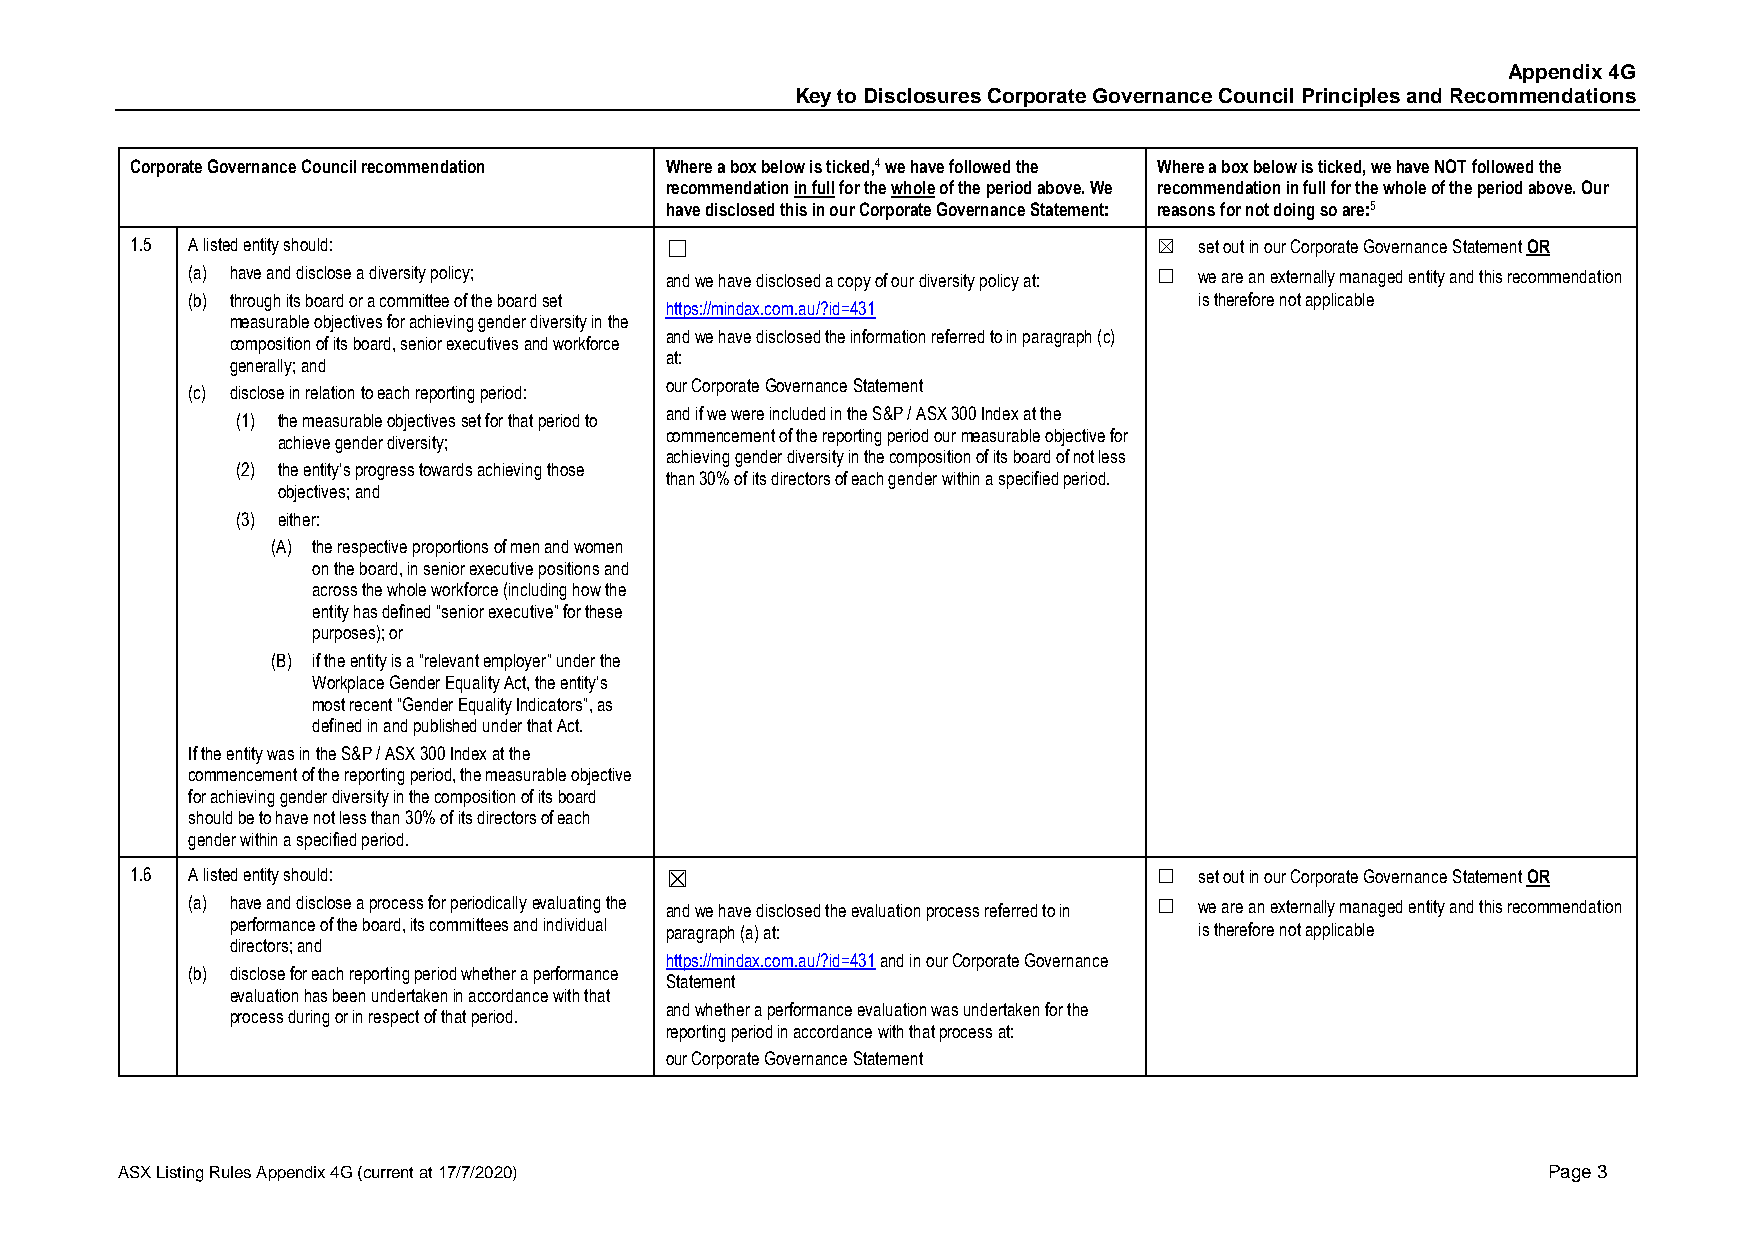
Appendix 4G
 Key to Disclosures Corporate Governance Council Principles and Recommendations
 Corporate Governance Council recommendation Where a box below is ticked,4 we have followed the Where a box below is ticked, we have NOT followed the
 recommendation in full for the whole of the period above. We recommendation in full for the whole of the period above. Our
 have disclosed this in our Corporate Governance Statement: reasons for not doing so are:5
 1.5 A listed entity should:        ☐                                ☒ set out in our Corporate Governance Statement OR
 (a) have and disclose a diversity policy; and we have disclosed a copy of our diversity policy at: ☐ we are an externally managed entity and this recommendation
 (b) through its board or a committee of the board set              is therefore not applicable
 https://mindax.com.au/?id=431
 measurable objectives for achieving gender diversity in the
 and we have disclosed the information referred to in paragraph (c)
 composition of its board, senior executives and workforce
 at:
 generally; and
 our Corporate Governance Statement
 (c) disclose in relation to each reporting period:
 and if we were included in the S&P / ASX 300 Index at the
 (1) the measurable objectives set for that period to
 commencement of the reporting period our measurable objective for
 achieve gender diversity;
 achieving gender diversity in the composition of its board of not less
 (2) the entity’s progress towards achieving those
 than 30% of its directors of each gender within a specified period.
 objectives; and
 (3) either:
 (A) the respective proportions of men and women
 on the board, in senior executive positions and
 across the whole workforce (including how the
 entity has defined “senior executive” for these
 purposes); or
 (B) if the entity is a “relevant employer” under the
 Workplace Gender Equality Act, the entity’s
 most recent “Gender Equality Indicators”, as
 defined in and published under that Act.
 If the entity was in the S&P / ASX 300 Index at the
 commencement of the reporting period, the measurable objective
 for achieving gender diversity in the composition of its board
 should be to have not less than 30% of its directors of each
 gender within a specified period.
 1.6 A listed entity should:        ☒                                ☐ set out in our Corporate Governance Statement OR
 (a) have and disclose a process for periodically evaluating the and we have disclosed the evaluation process referred to in ☐ we are an externally managed entity and this recommendation
 performance of the board, its committees and individual paragraph (a) at: is therefore not applicable
 directors; and
 https://mindax.com.au/?id=431 and in our Corporate Governance
 (b) disclose for each reporting period whether a performance
 Statement
 evaluation has been undertaken in accordance with that
 and whether a performance evaluation was undertaken for the
 process during or in respect of that period.
 reporting period in accordance with that process at:
 our Corporate Governance Statement
 ASX Listing Rules Appendix 4G (current at 17/7/2020)                                          Page 3